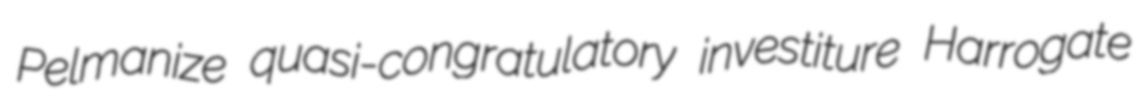
Pelmanize quasi-congratulatory investiture Harrogate